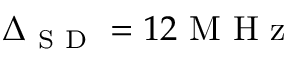
\Delta _ { \mathrm { ~ S ~ D ~ } } = 1 2 \mathrm { ~ M ~ H ~ z ~ }